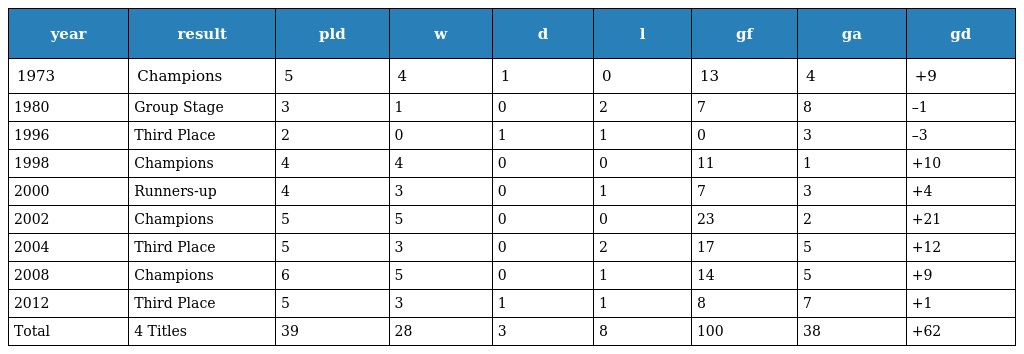
| year | result | pld | w | d | l | gf | ga | gd |
 | --- | --- | --- | --- | --- | --- | --- | --- | --- |
 | 1973 | Champions | 5 | 4 | 1 | 0 | 13 | 4 | +9 |
 | 1980 | Group Stage | 3 | 1 | 0 | 2 | 7 | 8 | –1 |
 | 1996 | Third Place | 2 | 0 | 1 | 1 | 0 | 3 | –3 |
 | 1998 | Champions | 4 | 4 | 0 | 0 | 11 | 1 | +10 |
 | 2000 | Runners-up | 4 | 3 | 0 | 1 | 7 | 3 | +4 |
 | 2002 | Champions | 5 | 5 | 0 | 0 | 23 | 2 | +21 |
 | 2004 | Third Place | 5 | 3 | 0 | 2 | 17 | 5 | +12 |
 | 2008 | Champions | 6 | 5 | 0 | 1 | 14 | 5 | +9 |
 | 2012 | Third Place | 5 | 3 | 1 | 1 | 8 | 7 | +1 |
 | Total | 4 Titles | 39 | 28 | 3 | 8 | 100 | 38 | +62 |